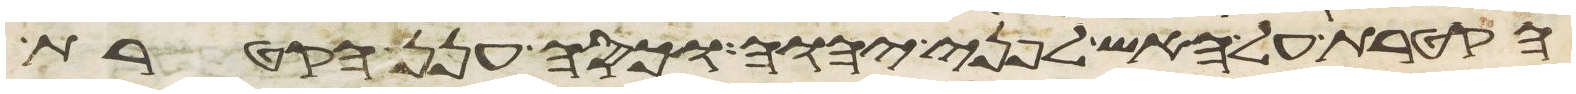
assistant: הקטרת על האש לפני יהוה וכסה ענן הקטרת